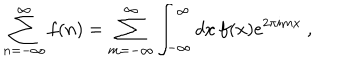
LaTeX: \sum _ { n = - \infty } ^ { \infty } f ( n ) = \sum _ { m = - \infty } ^ { \infty } \int _ { - \infty } ^ { \infty } d x \, f ( x ) e ^ { 2 \pi i m x } ~ ,